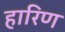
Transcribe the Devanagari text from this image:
हारिण